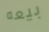
بيعه